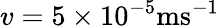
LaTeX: v=5\times 10^{-5}\mathrm{ms^{-1}}